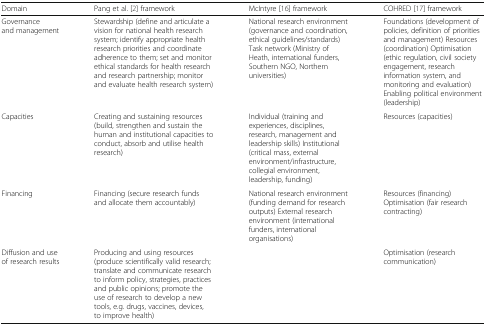
| Domain | Pang et al. [2] framework | McIntyre [16] framework | COHRED [17] framework |
 | --- | --- | --- | --- |
 | Governance and management | Stewardship (define and articulate a vision for national health research system; identify appropriate health research priorities and coordinate adherence to them; set and monitor ethical standards for health research and research partnership; monitor and evaluate health research system) | National research environment (governance and coordination, ethical guidelines/standards) Task network (Ministry of Heath, international funders, Southern NGO, Northern universities) | Foundations (development of policies, definition of priorities and management) Resources (coordination) Optimisation (ethic regulation, civil society engagement, research information system, and monitoring and evaluation) Enabling political environment (leadership) |
 | Capacities | Creating and sustaining resources (build, strengthen and sustain the human and institutional capacities to conduct, absorb and utilise health research) | Individual (training and experiences, disciplines, research, management and leadership skills) Institutional (critical mass, external environment/infrastructure, collegial environment, leadership, funding) | Resources (capacities) |
 | Financing | Financing (secure research funds and allocate them accountably) | National research environment (funding demand for research outputs) External research environment (international funders, international organisations) | Resources (financing) Optimisation (fair research contracting) |
 | Diffusion and use of research results | Producing and using resources (produce scientifically valid research; translate and communicate research to inform policy, strategies, practices and public opinions; promote the use of research to develop a new tools, e.g. drugs, vaccines, devices, to improve health) |  | Optimisation (research communication) |